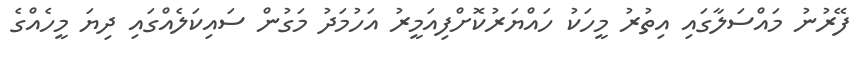
ފޭރުނު މައްސަލާގައި އިތުރު މީހަކު ހައްޔަރުކޮށްފިއަމީރު އަހުމަދު މަގުން ސައިކަލެއްގައި ދިޔަ މީހެއްގެ